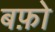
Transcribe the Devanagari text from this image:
बफ़ो